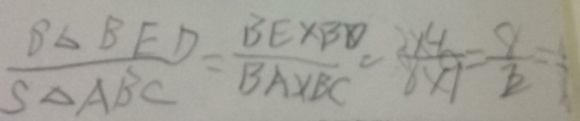
\frac { S _ { \Delta } B E D } { S _ { \Delta } A B C } = \frac { B E \times B D } { B A \times B C } = \frac { 2 \times 4 } { 8 \times 9 } = \frac { 8 } { 7 2 } = \frac { 4 } { 6 }